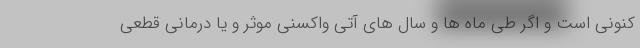
کنونی است و اگر طی ماه ها و سال های آتی واکسنی موثر و یا درمانی قطعی